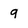
Character: 9